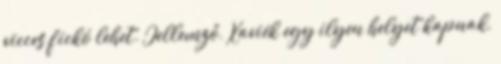
vicces fickó lehet. Jellemző, Xaviék egy ilyen helyet kapnak,